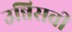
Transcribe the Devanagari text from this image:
उन्निसवी